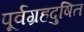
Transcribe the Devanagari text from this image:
पूर्वग्रहदुषित